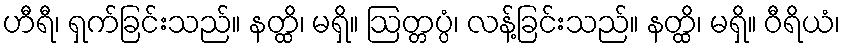
ဟီရီ၊ ရှက်ခြင်းသည်။ နတ္ထိ၊ မရှိ။ ဩတ္တပ္ပံ၊ လန့်ခြင်းသည်။ နတ္ထိ၊ မရှိ။ ဝီရိယံ၊